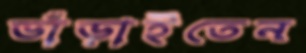
ভাঁড়াইতেন